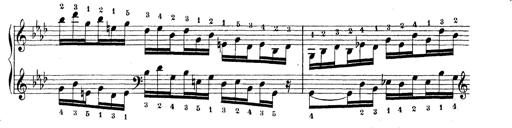
Title: Technische Studien
Composer: Franz Liszt